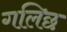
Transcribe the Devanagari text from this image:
गलिछ